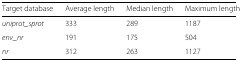
| Target database | Average length | Median length | Maximum length |
 | --- | --- | --- | --- |
 | uniprot_sprot | 333 | 289 | 1187 |
 | env_nr | 191 | 175 | 504 |
 | nr | 312 | 263 | 1127 |